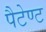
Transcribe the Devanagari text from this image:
पैटेण्ट